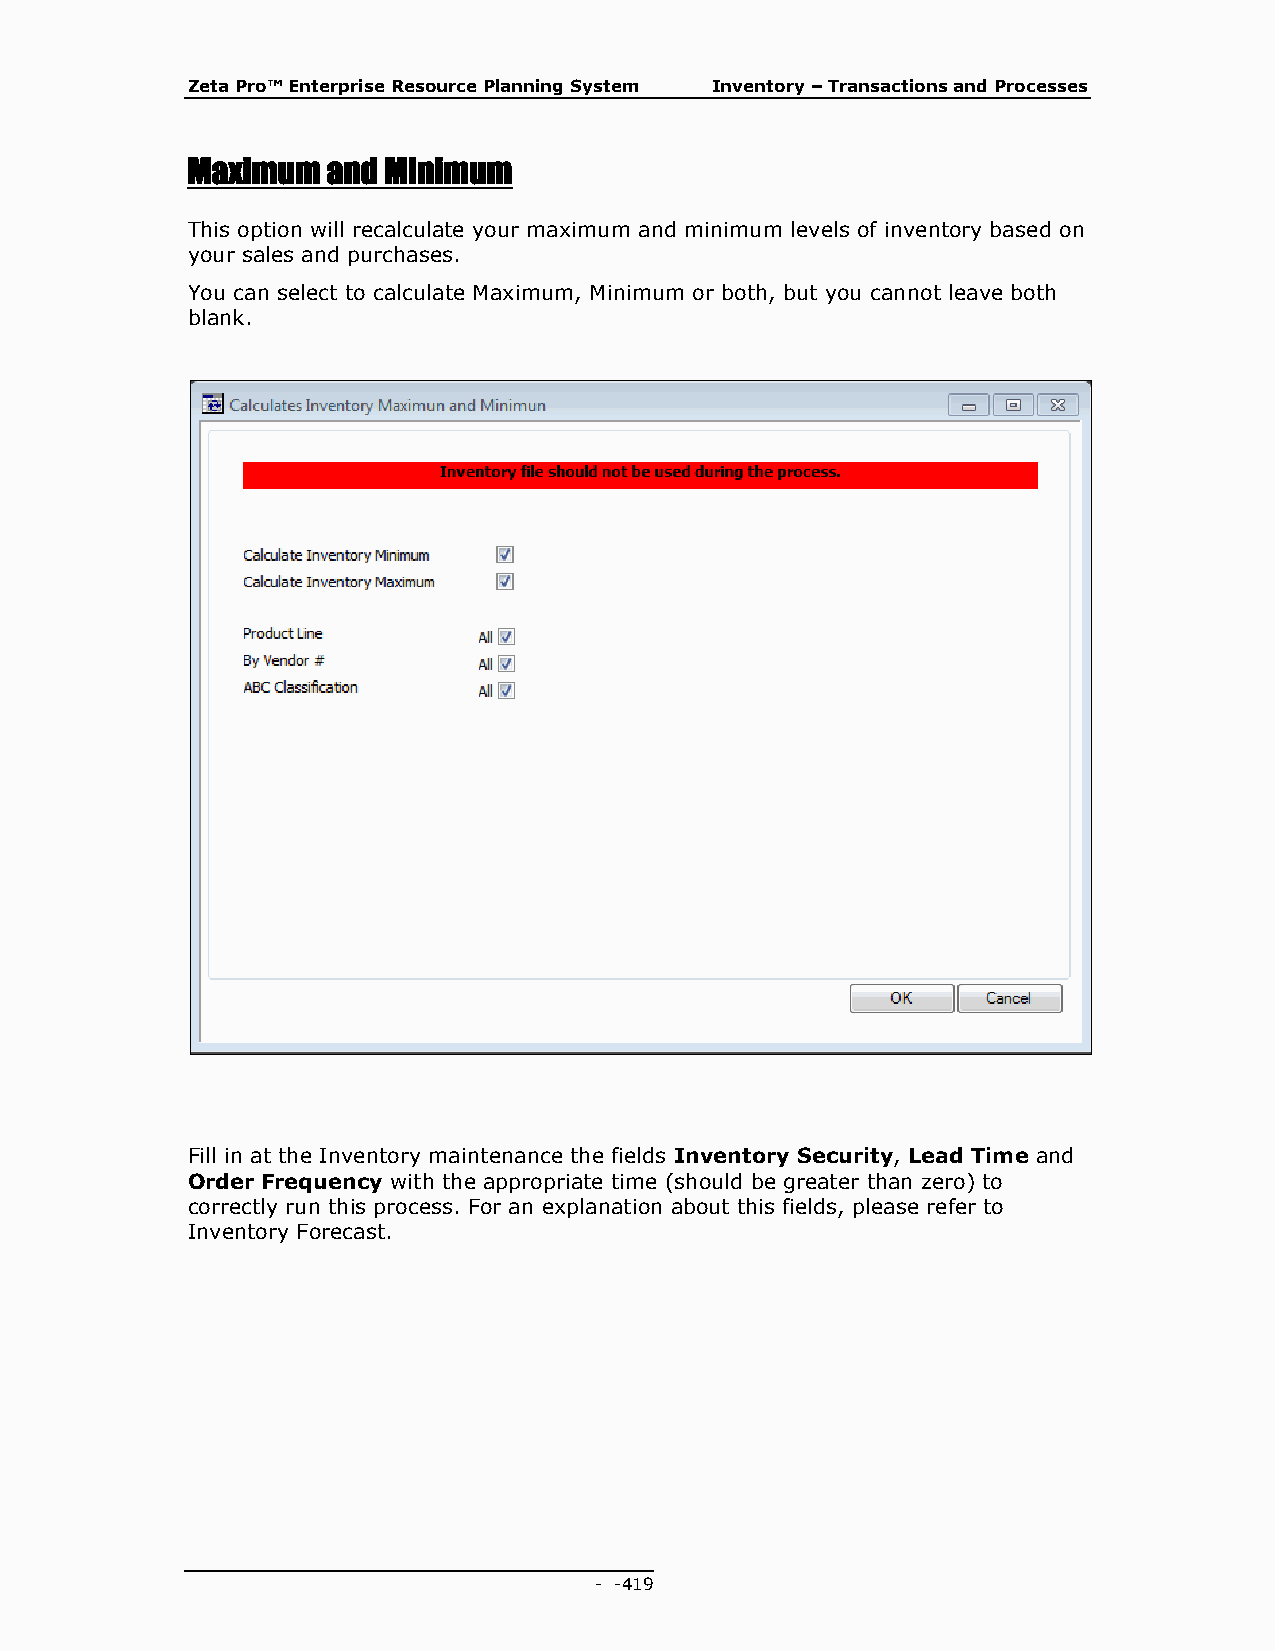
Zeta Pro™ Enterprise Resource Planning System Inventory – Transactions and Processes
 Maximum   and Minimum
 This option will recalculate your maximum and minimum levels of inventory based on
 your sales and purchases.
 You can select to calculate Maximum, Minimum or both, but you cannot leave both
 blank.
 Fill in at the Inventory maintenance the fields Inventory Security, Lead Time and
 Order Frequency with the appropriate time (should be greater than zero) to
 correctly run this process. For an explanation about this fields, please refer to
 Inventory Forecast.
 - - 419